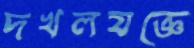
দখলযজ্ঞে